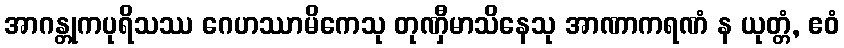
အာဂန္တုကပုရိသဿ ဂေဟဿာမိကေသု တုဏှီမာသိနေသု အာဏာကရဏံ န ယုတ္တံ, ဧဝံ